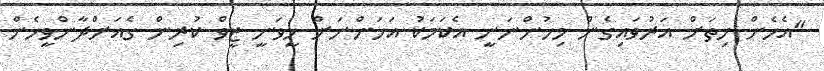
"އެހެން ހިތަށް އަރުވައިގެން މިހުންނަނީ އެކަމަކު އަހަންނަށް ހީވަނީ ޒީވް ކުރިން ގެއަށްދާންވީހެން